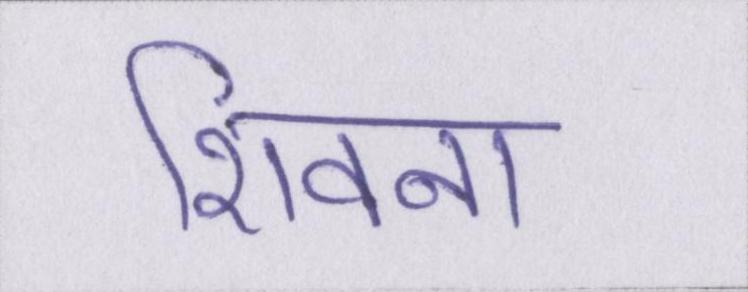
शिवना